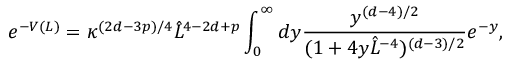
e ^ { - V ( L ) } = \kappa ^ { ( 2 d - 3 p ) / 4 } \hat { L } ^ { 4 - 2 d + p } \int _ { 0 } ^ { \infty } d y { \frac { y ^ { ( d - 4 ) / 2 } } { ( 1 + 4 y \hat { L } ^ { - 4 } ) ^ { ( d - 3 ) / 2 } } } e ^ { - y } ,